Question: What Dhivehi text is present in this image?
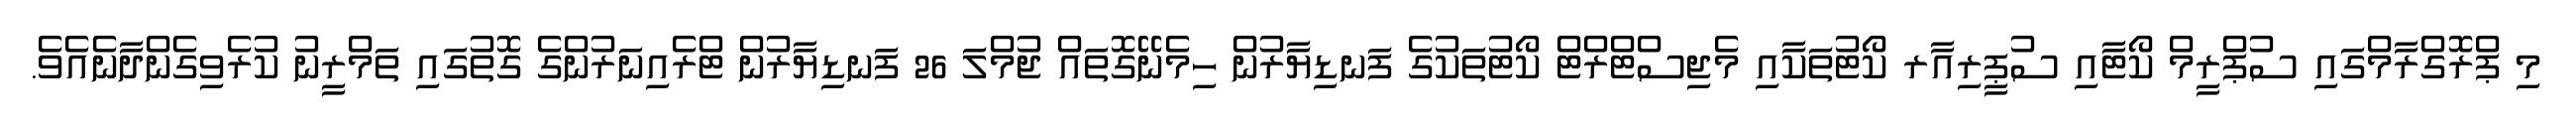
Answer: މި ޕްރޮގްރާމްގައި ސުޕްރީމް ކޯޓާއި ސުޕީރިއާރ ކޯޓުތަކާއި މެޖިސްޓްރްޓް ކޯޓުތަކުގެ ފަނޑިޔާރުން ހިމެނޭގޮތައް ޖުމްލަ 26 ފަނޑިޔާރުން ޓްރެއިނަރުންގެ ގޮތުގައި ތަމްރީނު ކުރެވިގެންދާނެއެވެ.